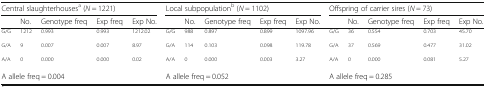
<table><thead><tr><td colspan="5"><b>Central slaughterhouses<sup>a</sup> (<i>N</i> = 1221)</b></td><td colspan="5"><b>Local subpopulation<sup>b</sup> (<i>N</i> = 1102)</b></td><td colspan="5"><b>Offspring of carrier sires (<i>N</i> = 73)</b></td></tr><tr><td></td><td><b>No.</b></td><td><b>Genotype freq</b></td><td><b>Exp freq</b></td><td><b>Exp No.</b></td><td></td><td><b>No.</b></td><td><b>Genotype freq</b></td><td><b>Exp freq</b></td><td><b>Exp No.</b></td><td></td><td><b>No.</b></td><td><b>Genotype freq</b></td><td><b>Exp freq</b></td><td><b>Exp No.</b></td></tr></thead><tbody><tr><td><sup>G/G</sup></td><td><sup>1212</sup></td><td><sup>0.993</sup></td><td><sup>0.993</sup></td><td><sup>1212.02</sup></td><td><sup>G/G</sup></td><td><sup>988</sup></td><td><sup>0.897</sup></td><td><sup>0.899</sup></td><td><sup>1097.96</sup></td><td><sup>G/G</sup></td><td><sup>36</sup></td><td><sup>0.554</sup></td><td><sup>0.703</sup></td><td><sup>45.70</sup></td></tr><tr><td><sup>G/A</sup></td><td><sup>9</sup></td><td><sup>0.007</sup></td><td><sup>0.007</sup></td><td><sup>8.97</sup></td><td><sup>G/A</sup></td><td><sup>114</sup></td><td><sup>0.103</sup></td><td><sup>0.098</sup></td><td><sup>119.78</sup></td><td><sup>G/A</sup></td><td><sup>37</sup></td><td><sup>0.569</sup></td><td><sup>0.477</sup></td><td><sup>31.02</sup></td></tr><tr><td><sup>A/A</sup></td><td><sup>0</sup></td><td><sup>0.000</sup></td><td><sup>0.000</sup></td><td><sup>0.02</sup></td><td><sup>A/A</sup></td><td><sup>0</sup></td><td><sup>0.000</sup></td><td><sup>0.003</sup></td><td><sup>3.27</sup></td><td><sup>A/A</sup></td><td><sup>0</sup></td><td><sup>0.000</sup></td><td><sup>0.081</sup></td><td><sup>5.27</sup></td></tr><tr><td colspan="5">A allele freq = 0.004</td><td colspan="5">A allele freq = 0.052</td><td colspan="5">A allele freq = 0.285</td></tr></tbody></table>